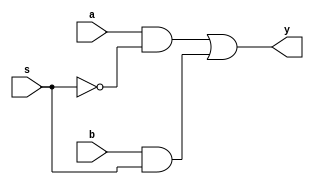
`timescale 1ns / 1ps
module mux2_1 (input a, input b, input s, 
              output y);
  wire sbar,p,q;
  not(sbar,s);   
  and(p,a,sbar);
  and(q,b,s);       
  or(y,p,q);
endmodule